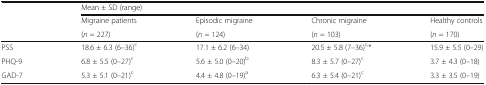
<table><thead><tr><td rowspan="3"></td><td colspan="4"><b>Mean ± SD (range)</b></td></tr><tr><td><b>Migraine patients</b></td><td><b>Episodic migraine</b></td><td><b>Chronic migraine</b></td><td><b>Healthy controls</b></td></tr><tr><td><b>(<i>n</i> = 227)</b></td><td><b>(<i>n</i> = 124)</b></td><td><b>(<i>n</i> = 103)</b></td><td><b>(<i>n</i> = 170)</b></td></tr></thead><tbody><tr><td>PSS</td><td>18.6 ± 6.3 (6–36)<sup>c</sup></td><td>17.1 ± 6.2 (6–34)</td><td>20.5 ± 5.8 (7–36)<sup>c,</sup>*</td><td>15.9 ± 5.5 (0–29)</td></tr><tr><td>PHQ-9</td><td>6.8 ± 5.5 (0–27)<sup>c</sup></td><td>5.6 ± 5.0 (0–20)<sup>b</sup></td><td>8.3 ± 5.7 (0–27)<sup>c</sup></td><td>3.7 ± 4.3 (0–18)</td></tr><tr><td>GAD-7</td><td>5.3 ± 5.1 (0–21)<sup>c</sup></td><td>4.4 ± 4.8 (0–19)<sup>a</sup></td><td>6.3 ± 5.4 (0–21)<sup>c</sup></td><td>3.3 ± 3.5 (0–19)</td></tr></tbody></table>